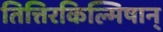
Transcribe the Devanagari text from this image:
तित्तिरकिल्मिषान्